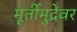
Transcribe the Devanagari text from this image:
मूर्तीमुद्रेवर